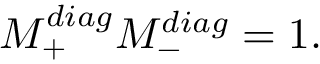
M _ { + } ^ { d i a g } M _ { - } ^ { d i a g } = 1 .